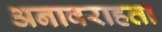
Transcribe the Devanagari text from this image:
अनावराहता